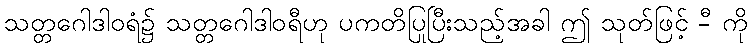
သတ္တဂေါဒါဝရံ၌ သတ္တဂေါဒါဝရီဟု ပကတိပြုပြီးသည့်အခါ ဤ သုတ်ဖြင့် -ီ ကို